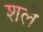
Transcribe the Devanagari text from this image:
शले